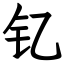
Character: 钇